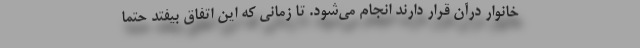
خانوار درآن قرار دارند انجام می‌شود. تا زمانی که این اتفاق بیفتد حتماً